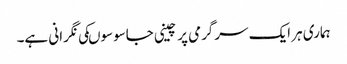
ہماری ہر ایک سرگرمی پر چینی جاسوسوںکی نگرانی ہے۔